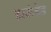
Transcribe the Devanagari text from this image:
हाऊंडेड